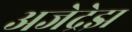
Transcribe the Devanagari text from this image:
अजेद्रेझ